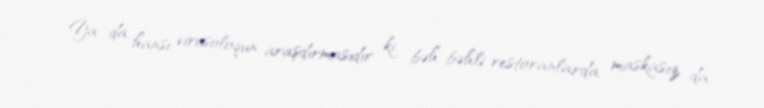
Ya da hansı virusoloqun araşdırmasıdır ki, bəh-bəhli restoranlarda maskasız da